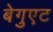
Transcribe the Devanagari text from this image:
बेगुएट